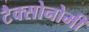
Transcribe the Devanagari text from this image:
टैक्सोनोमी